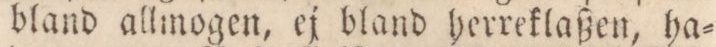
bland allmogen, ej bland herreklaßen, ha=